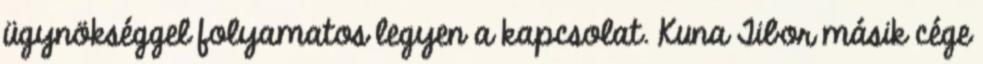
ügynökséggel folyamatos legyen a kapcsolat. Kuna Tibor másik cége